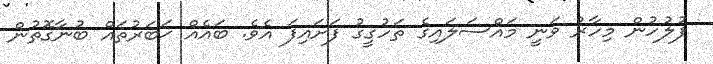
ފުލުހުން މިހާރު ވަނީ މައްސަލައިގެ ތަހުގީގު ފަށައިފަ އެވެ. ބައެއް ޚަބަރުތައް ބުނާގޮތުން